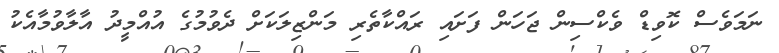
ނަމަވެސް ކޮވިޑް ވެކްސިން ޖަހަން ފަށައި ރައްކާތެރި މަންޒިލަކަށް ދެވުމުގެ އުއްމީދު އާލާވުމާއެކު